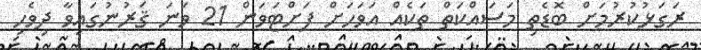
ރަގަޅުކުރުމަށް ބޮޑެތި މަސައްކަތް ތަކެއް އަވަހަށް ފަށްޓަވަން 21 ވަނަ ޤަރުނުގައިވާ ދިވެހި